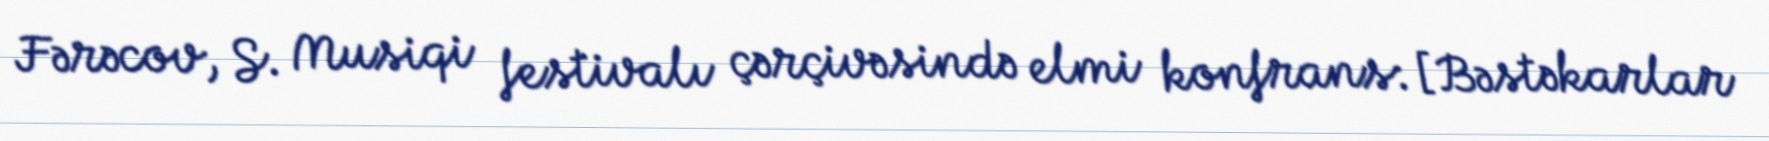
Fərəcov, S. Musiqi festivalı çərçivəsində elmi konfrans: [Bəstəkarlar